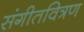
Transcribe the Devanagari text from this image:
संगीतवित्रण